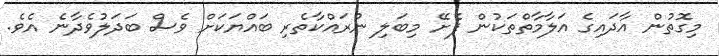
މިގޮތުން އާދައިގެ އަލާމާތްތަކުން ފެށޭ މިބަލި ނުރައްކާތެރި ބައްޔަކަށް ވެސް ބަދަލުވެދާނެ އެވެ.